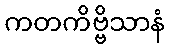
ကတကိဗ္ဗိသာနံ